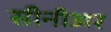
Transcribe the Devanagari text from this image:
सीनीअर